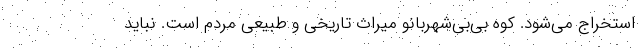
استخراج می‌شود. کوه بی‌بی‌شهربانو میراث تاریخی و طبیعی مردم است. نباید